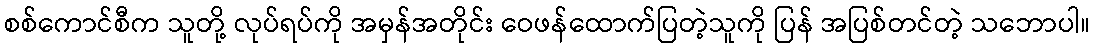
စစ်ကောင်စီက သူတို့ လုပ်ရပ်ကို အမှန်အတိုင်း ဝေဖန်ထောက်ပြတဲ့သူကို ပြန် အပြစ်တင်တဲ့ သဘောပါ။